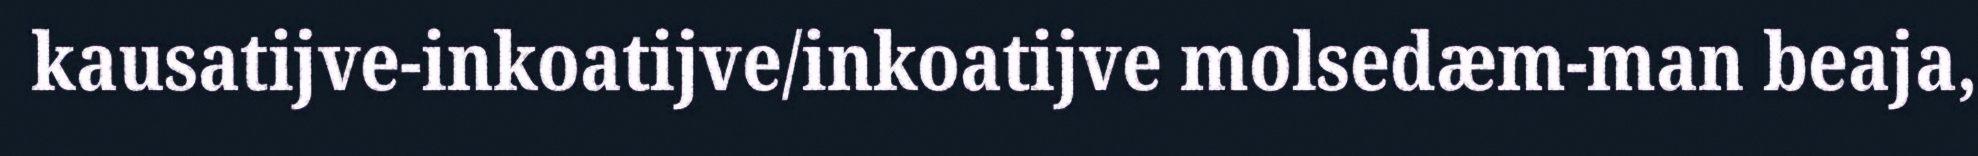
kausatijve-inkoatijve/inkoatijve molsedæm-man beaja,